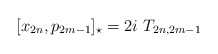
\begin{align*}[x_{2n},p_{2m-1}]_\star=2i\ T_{2n,2m-1}\end{align*}